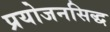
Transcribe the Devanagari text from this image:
प्रयोजनसिद्ध